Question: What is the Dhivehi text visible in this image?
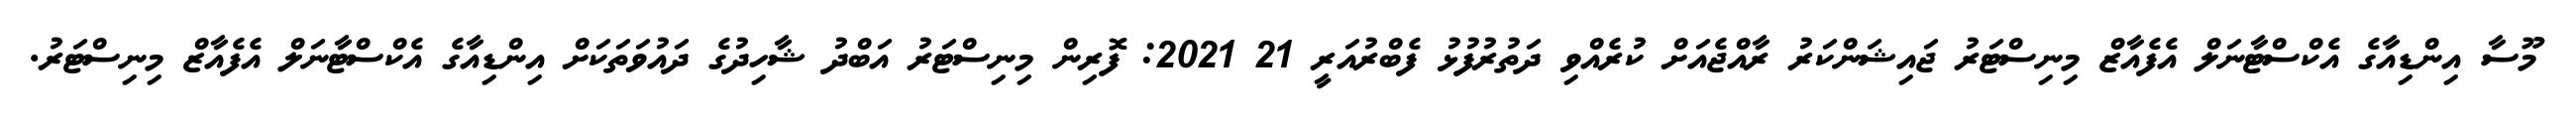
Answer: މޫސާ އިންޑިއާގެ އެކްސްޓާނަލް އެފެއާޒް މިނިސްޓަރު ޖައިޝަންކަރު ރާއްޖެއަށް ކުރެއްވި ދަތުރުފުޅު ފެބްރުއަރީ 21 2021: ފޮރިން މިނިސްޓަރު އަބްދު ޝާހިދުގެ ދައުވަތަކަށް އިންޑިއާގެ އެކްސްޓާނަލް އެފެއާޒް މިނިސްޓަރު.